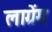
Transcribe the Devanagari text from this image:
लाग्रेंग